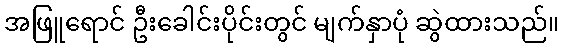
အဖြူရောင် ဦးခေါင်းပိုင်းတွင် မျက်နှာပုံ ဆွဲထားသည်။